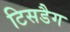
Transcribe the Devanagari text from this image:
टिसडैग